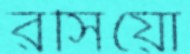
রসিয়ো